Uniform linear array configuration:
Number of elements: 32
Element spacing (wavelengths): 0.75
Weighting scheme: hann
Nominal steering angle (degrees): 30
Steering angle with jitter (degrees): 29.224
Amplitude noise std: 0.05
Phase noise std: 0.05

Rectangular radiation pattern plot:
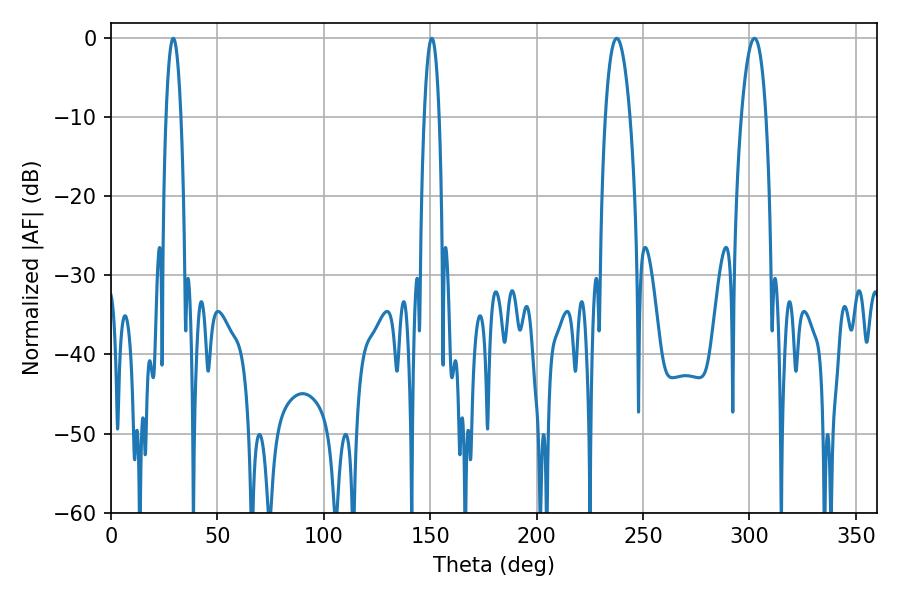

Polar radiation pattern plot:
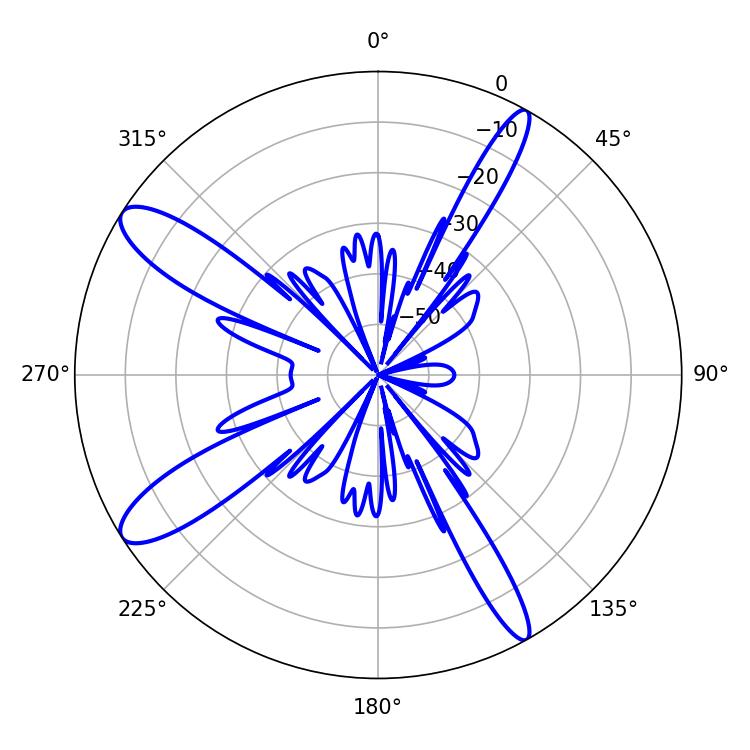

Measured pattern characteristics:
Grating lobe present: TRUE
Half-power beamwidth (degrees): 6.48
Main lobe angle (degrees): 237.6